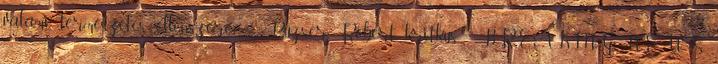
valami természetes ellenszere? ” Puzsér Róbert, kritkus „BREAKING NEWS